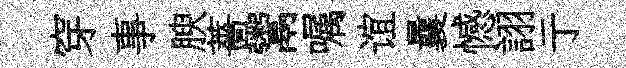
穿事腴薔鬻嘱谊曩憾詡亍